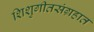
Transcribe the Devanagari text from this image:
शिशुगीतसंग्रहात